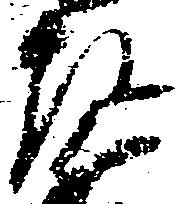
左